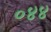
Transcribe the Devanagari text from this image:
०४४